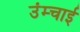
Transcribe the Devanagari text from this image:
उंम्चाई